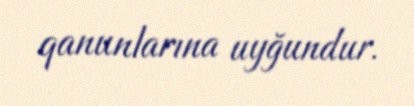
qanunlarına uyğundur.